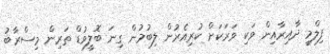
ފިލްމީ ދާއިރާއިން ވަކި ވަރަކަށް ކުރިއެރުން ލިބުމުން ގިނަ ބޮލީވުޑް ތަރިން މިސްރާބު